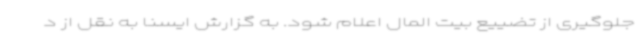
جلوگیری از تضییع بیت‌ المال اعلام شود. به گزارش ایسنا به نقل از د